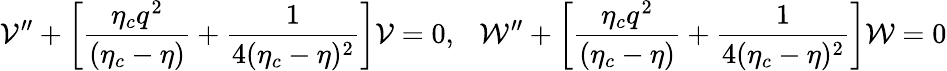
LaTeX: {\cal V}^{\prime\prime}+\left[\frac{\eta_{c}q^{2}}{(\eta_{c}-\eta)}+\frac{1}{4(\eta_{c}-\eta)^{2}}\right]{\cal V}=0,~~~{\cal W}^{\prime\prime}+\left[\frac{\eta_{c}q^{2}}{(\eta_{c}-\eta)}+\frac{1}{4(\eta_{c}-\eta)^{2}}\right]{\cal W}=0